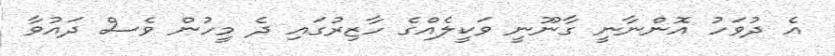
އެ ދުވަހު އޮންނާނީ ގާނޫނީ ވަކީލެއްގެ ހާޒިރުގައި ދެ މީހުން ވެސް ދައުވާ